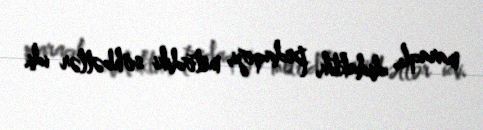
maraqlı, didaktik, pedaqoji, metodiki söhbətlər idi.